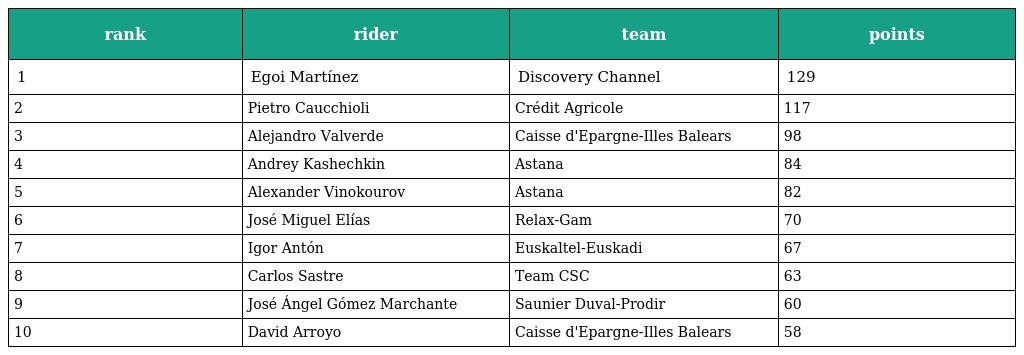
| rank | rider | team | points |
 | --- | --- | --- | --- |
 | 1 | Egoi Martínez | Discovery Channel | 129 |
 | 2 | Pietro Caucchioli | Crédit Agricole | 117 |
 | 3 | Alejandro Valverde | Caisse d'Epargne-Illes Balears | 98 |
 | 4 | Andrey Kashechkin | Astana | 84 |
 | 5 | Alexander Vinokourov | Astana | 82 |
 | 6 | José Miguel Elías | Relax-Gam | 70 |
 | 7 | Igor Antón | Euskaltel-Euskadi | 67 |
 | 8 | Carlos Sastre | Team CSC | 63 |
 | 9 | José Ángel Gómez Marchante | Saunier Duval-Prodir | 60 |
 | 10 | David Arroyo | Caisse d'Epargne-Illes Balears | 58 |